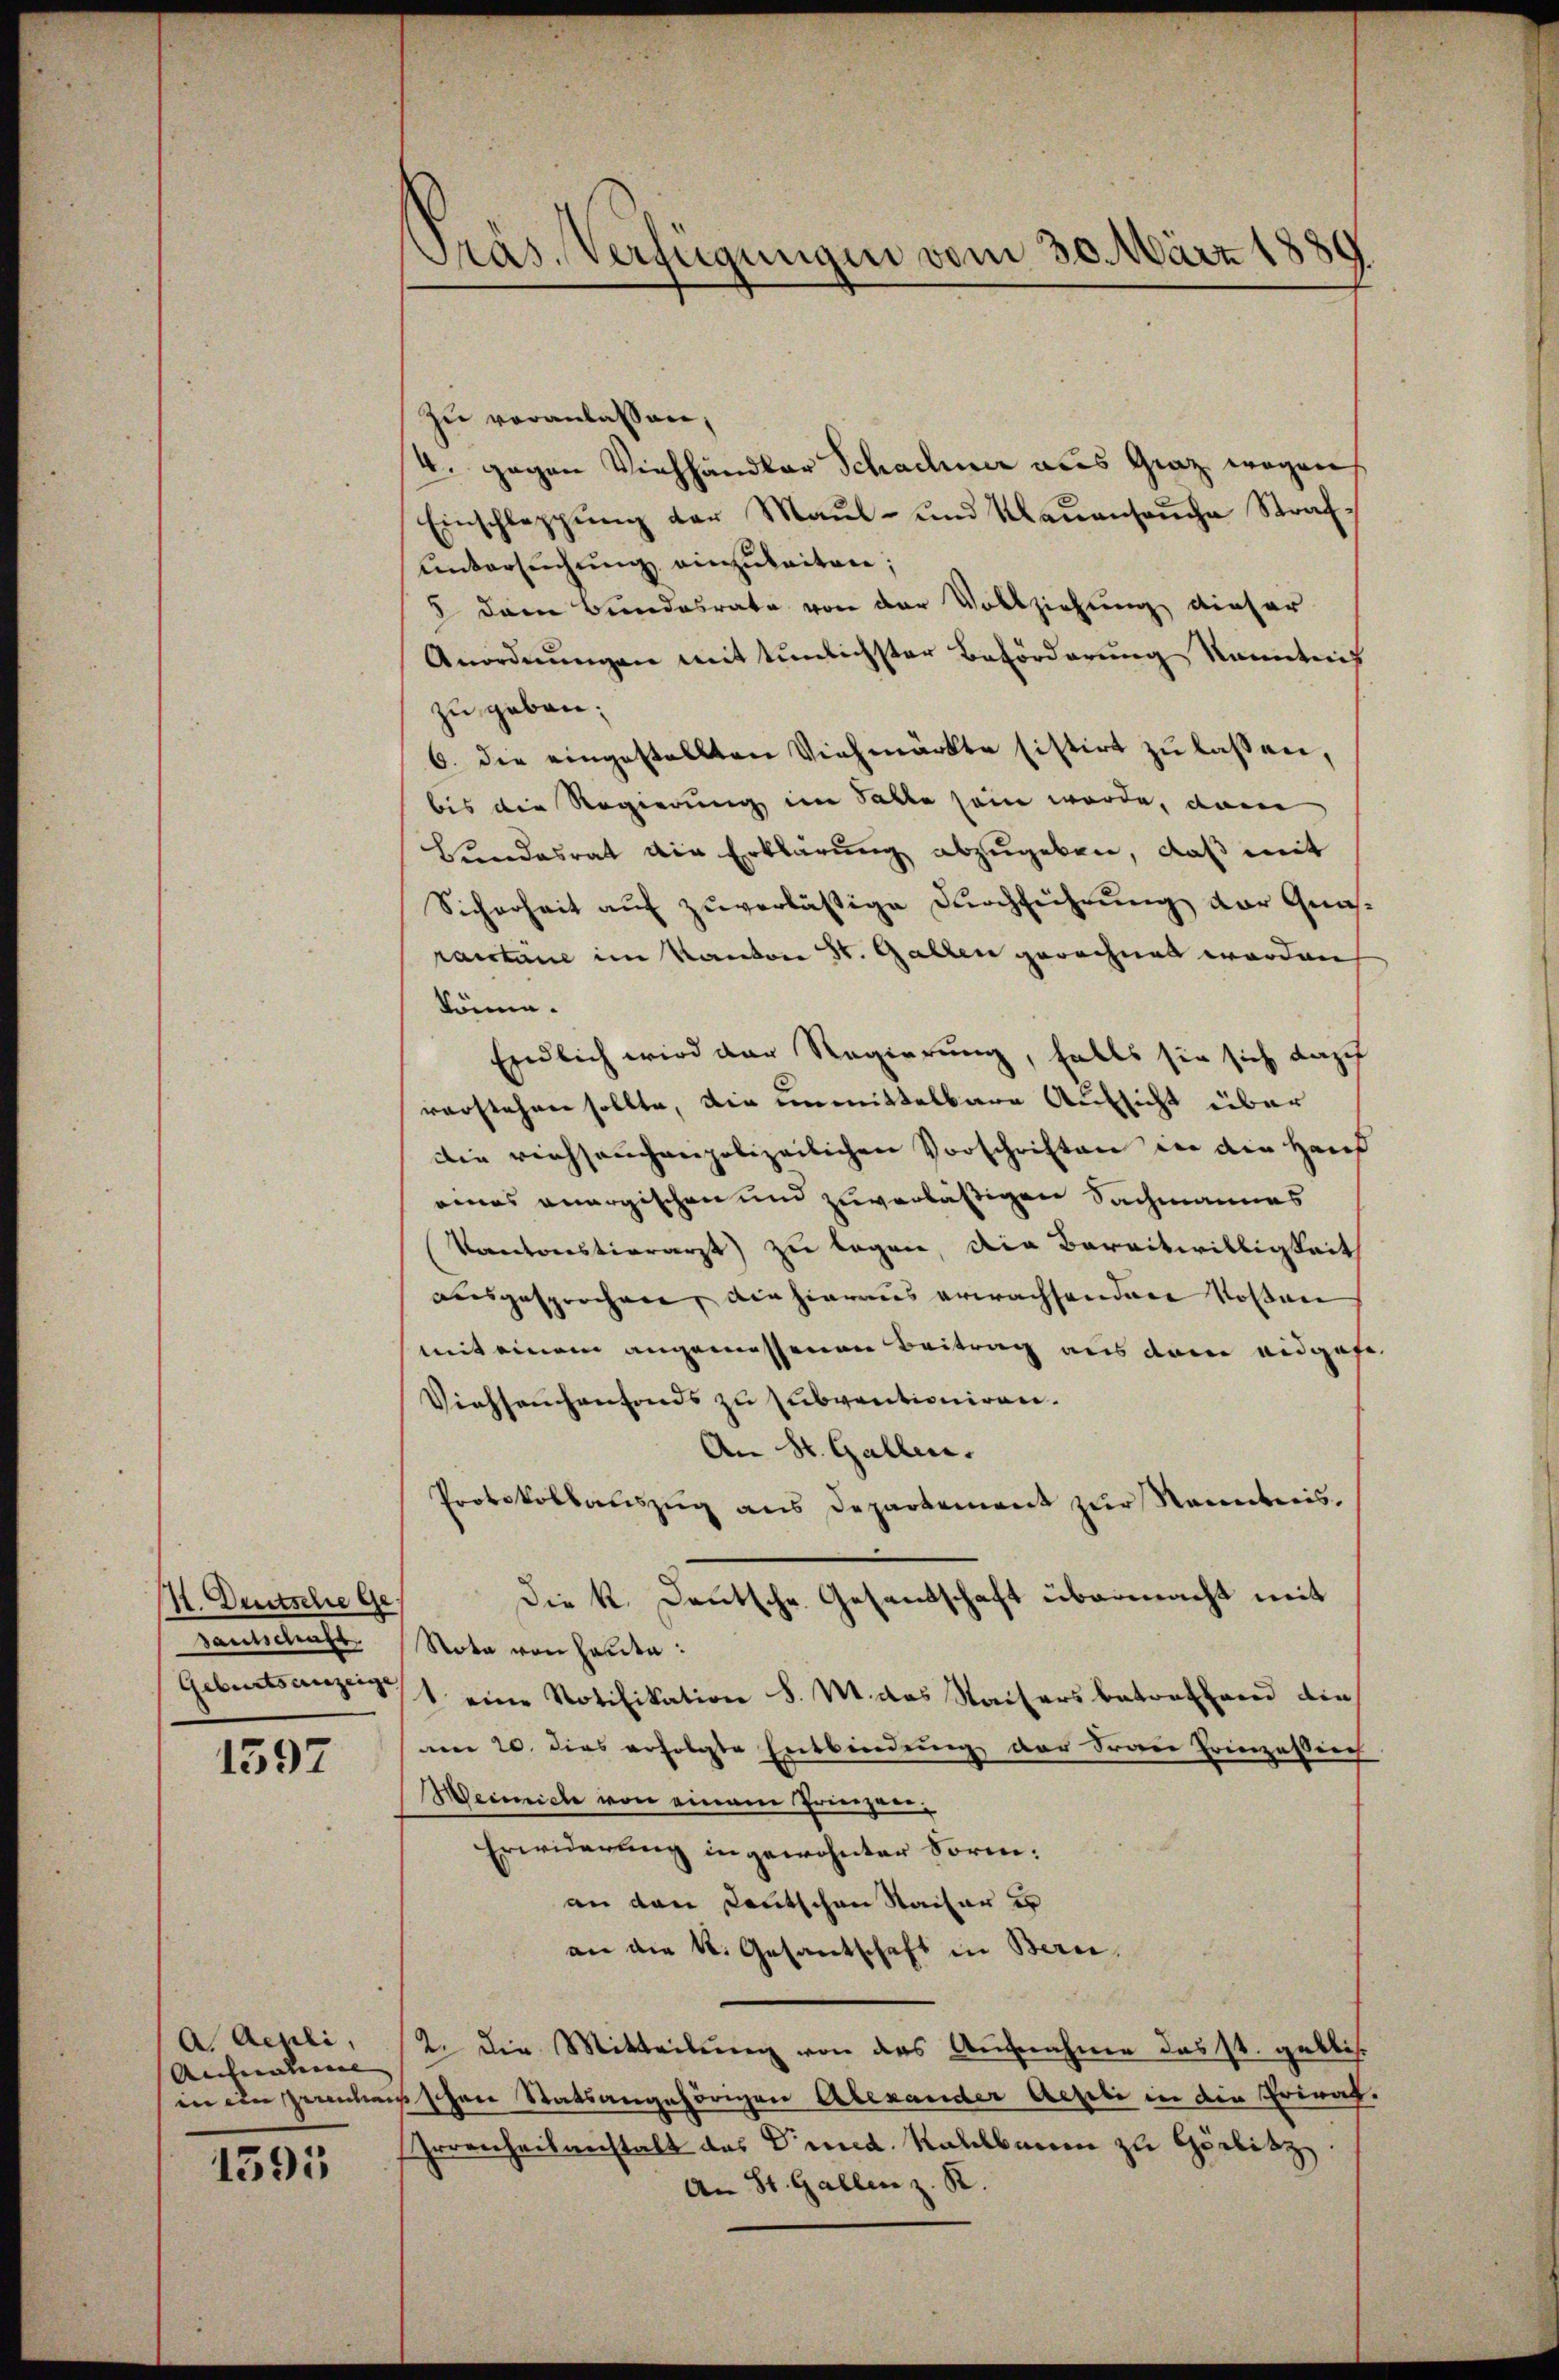
I. Deutsche Ge
Conleitenste

1597

zu veranlassen,
4. gegen Viehhändler Schachiner aus Graz wegen
Einschleppung der Maŭl- und Maŭensaŭche Straf-
Untersuchung einzuleiten;
5 dem Bundesrate von der Vollziehung dieser
Anordnŭngen mit tunlichster Beförderung kanntnis
zu geben:
6. die eingestellten Viehmärkte sistirt zu lassen,
bis die Regierung im Falle sein werde, dann
Bundesrat die Erklärung abzugeben, daß mit
Sicherheit auf zuverlässige Durchführung der Gensractane im Kanton St. Gallen gerechnet worden
könne.
Endlich wird der Regierung, falls sie sich dazu
vorstehen sollte, die unmittelbare Aufsicht über
Die riehseuchenpolizeilichen Vorschriften in die Haus
eines anergischen und zuverläßigen Sachmannes
Vontorestierarzt zu legen, die Bereitwilligkeit
ausgesprochen, die hieraus erwachsondere Kosten
mit einem angemessenen Beitrag aus dem eidgas
Viehseuchenfonds zu subventioniren.
An St. Gallen.
Protokollauszug aus Departement zur Namenbreis¬
Die k. Deutsche Gesandschaft übermacht mit
Nota von Haute:
Geburtsanzeigt eine Notifikation d. M. das Kaisers betreffend die
am 20. dies erfolgte Entbindung der Frau Prinzessich
Meimich von einem Priespani¬
Erwiderung in gewohnter Form:
an den Kautschen Sacher e
an die k. Gesandschaft in Bern,
2. Die Mitteilung von des Aufnahme das st. geblis.
in ein zweckenschen Statsangehörigen Alexander Aegili in die Privat,
Irrenheitanstalt des Druck. Kaulbauen zu Görlitz
An St. Gallen z. R.

A Ackli,
Antralen

1595

Präs. Verfügungen vom 30. März 1889